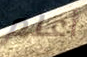
أعلم